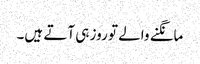
مانگنے والے تو روز ہی آتے ہیں۔